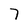
Character: 7